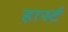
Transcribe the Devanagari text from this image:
हार्स्ट